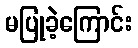
မပြုခဲ့ကြောင်း